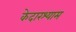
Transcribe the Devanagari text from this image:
केदारश्याम